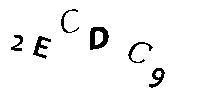
2ECDC9